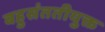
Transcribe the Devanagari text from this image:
बहुसंततीयुक्त